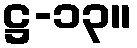
ဋ္ဌ-၁၃။